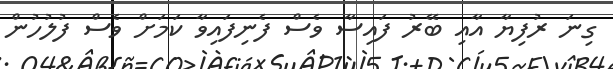
ގިނަ ރުފިޔާ އާއި ބޭރު ފައިސާ ވެސް ފެނިފައިވާ ކަމަށް ވެސް ފުލުހުން